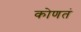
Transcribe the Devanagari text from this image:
कोणतं